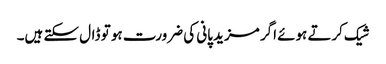
شیک کرتے ہوئے اگر مزید پانی کی ضرورت ہو تو ڈال سکتے ہیں۔